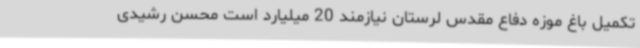
تکمیل باغ موزه دفاع مقدس لرستان نیازمند 20 میلیارد است محسن رشیدی